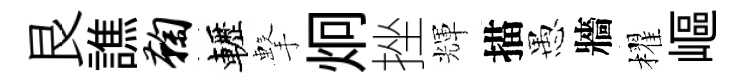
艮譙鞠轣擊炯挫輝描愚牆櫂嶇